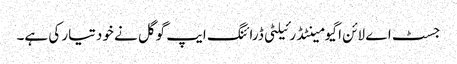
جسٹ اے لائن اگیومینٹڈ رئیلٹی ڈرائنگ ایپ گوگل نے خود تیار کی ہے۔